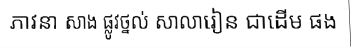
ភាវនា សាង ផ្លូវថ្នល់ សាលារៀន ជាដើម ផង